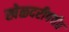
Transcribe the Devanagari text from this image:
खेळदरीपर्यंत